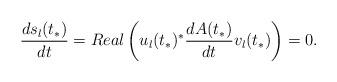
LaTeX: \begin{align*}\frac{{ds_l (t_*)}}{{dt}} = {\mathop{ Real}} \left( {u_l (t_*)^*\frac{{dA(t_*)}}{{dt}}v_l (t_*)} \right)=0.\end{align*}